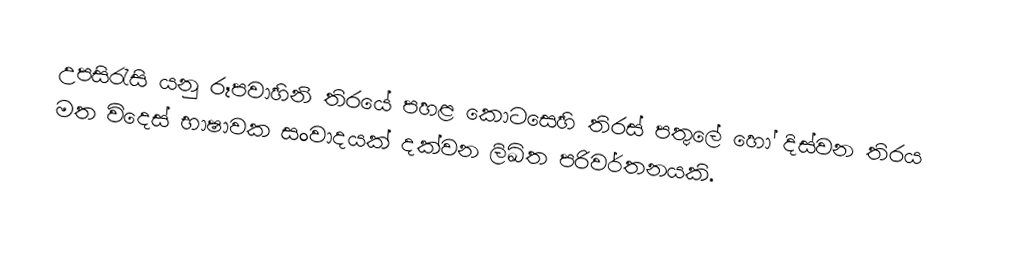
උපසිරැසි යනු රූපවාහිනි තිරයේ පහළ කොටසෙහි තිරස් පතුලේ හෝ දිස්වන තිරය මත විදෙස් භාෂාවක සංවාදයක් දක්වන ලිඛිත පරිවර්තනයකි.